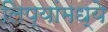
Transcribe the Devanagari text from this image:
लिप्यांमध्ये